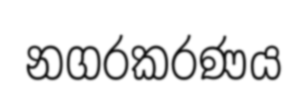
නගරකරණය